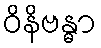
ဝိနိဗန္ဓာ